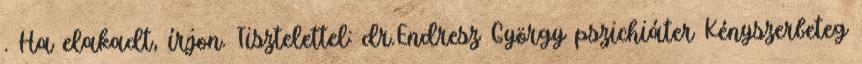
. Ha elakadt, írjon. Tisztelettel: dr.Endresz György pszichiáter Kényszerbeteg